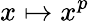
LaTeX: x\mapsto x^{p}